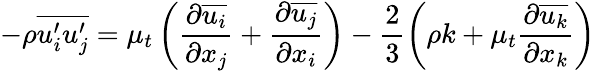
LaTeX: -\rho\overline{{u_{i}^{\prime}u_{j}^{\prime}}}=\mu_{t}\left(\frac{\partial\overline{{u_{i}}}}{\partial x_{j}}+\frac{\partial\overline{{u_{j}}}}{\partial x_{i}}\right)-\frac{2}{3}\left(\rho k+\mu_{t}\frac{\partial\overline{{u_{k}}}}{\partial x_{k}}\right)